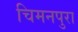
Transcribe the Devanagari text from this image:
चिमनपुरा